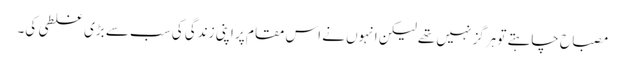
مصباح چاہتے تو ہرگز نہیں تھے لیکن انہوں نے اس مقام پر اپنی زندگی کی سب سے بڑی غلطی کی۔